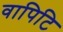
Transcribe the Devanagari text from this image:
वापिटि